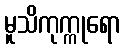
မူသိကုက္ကုရော